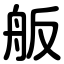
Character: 舨